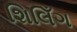
શિલિઁગ